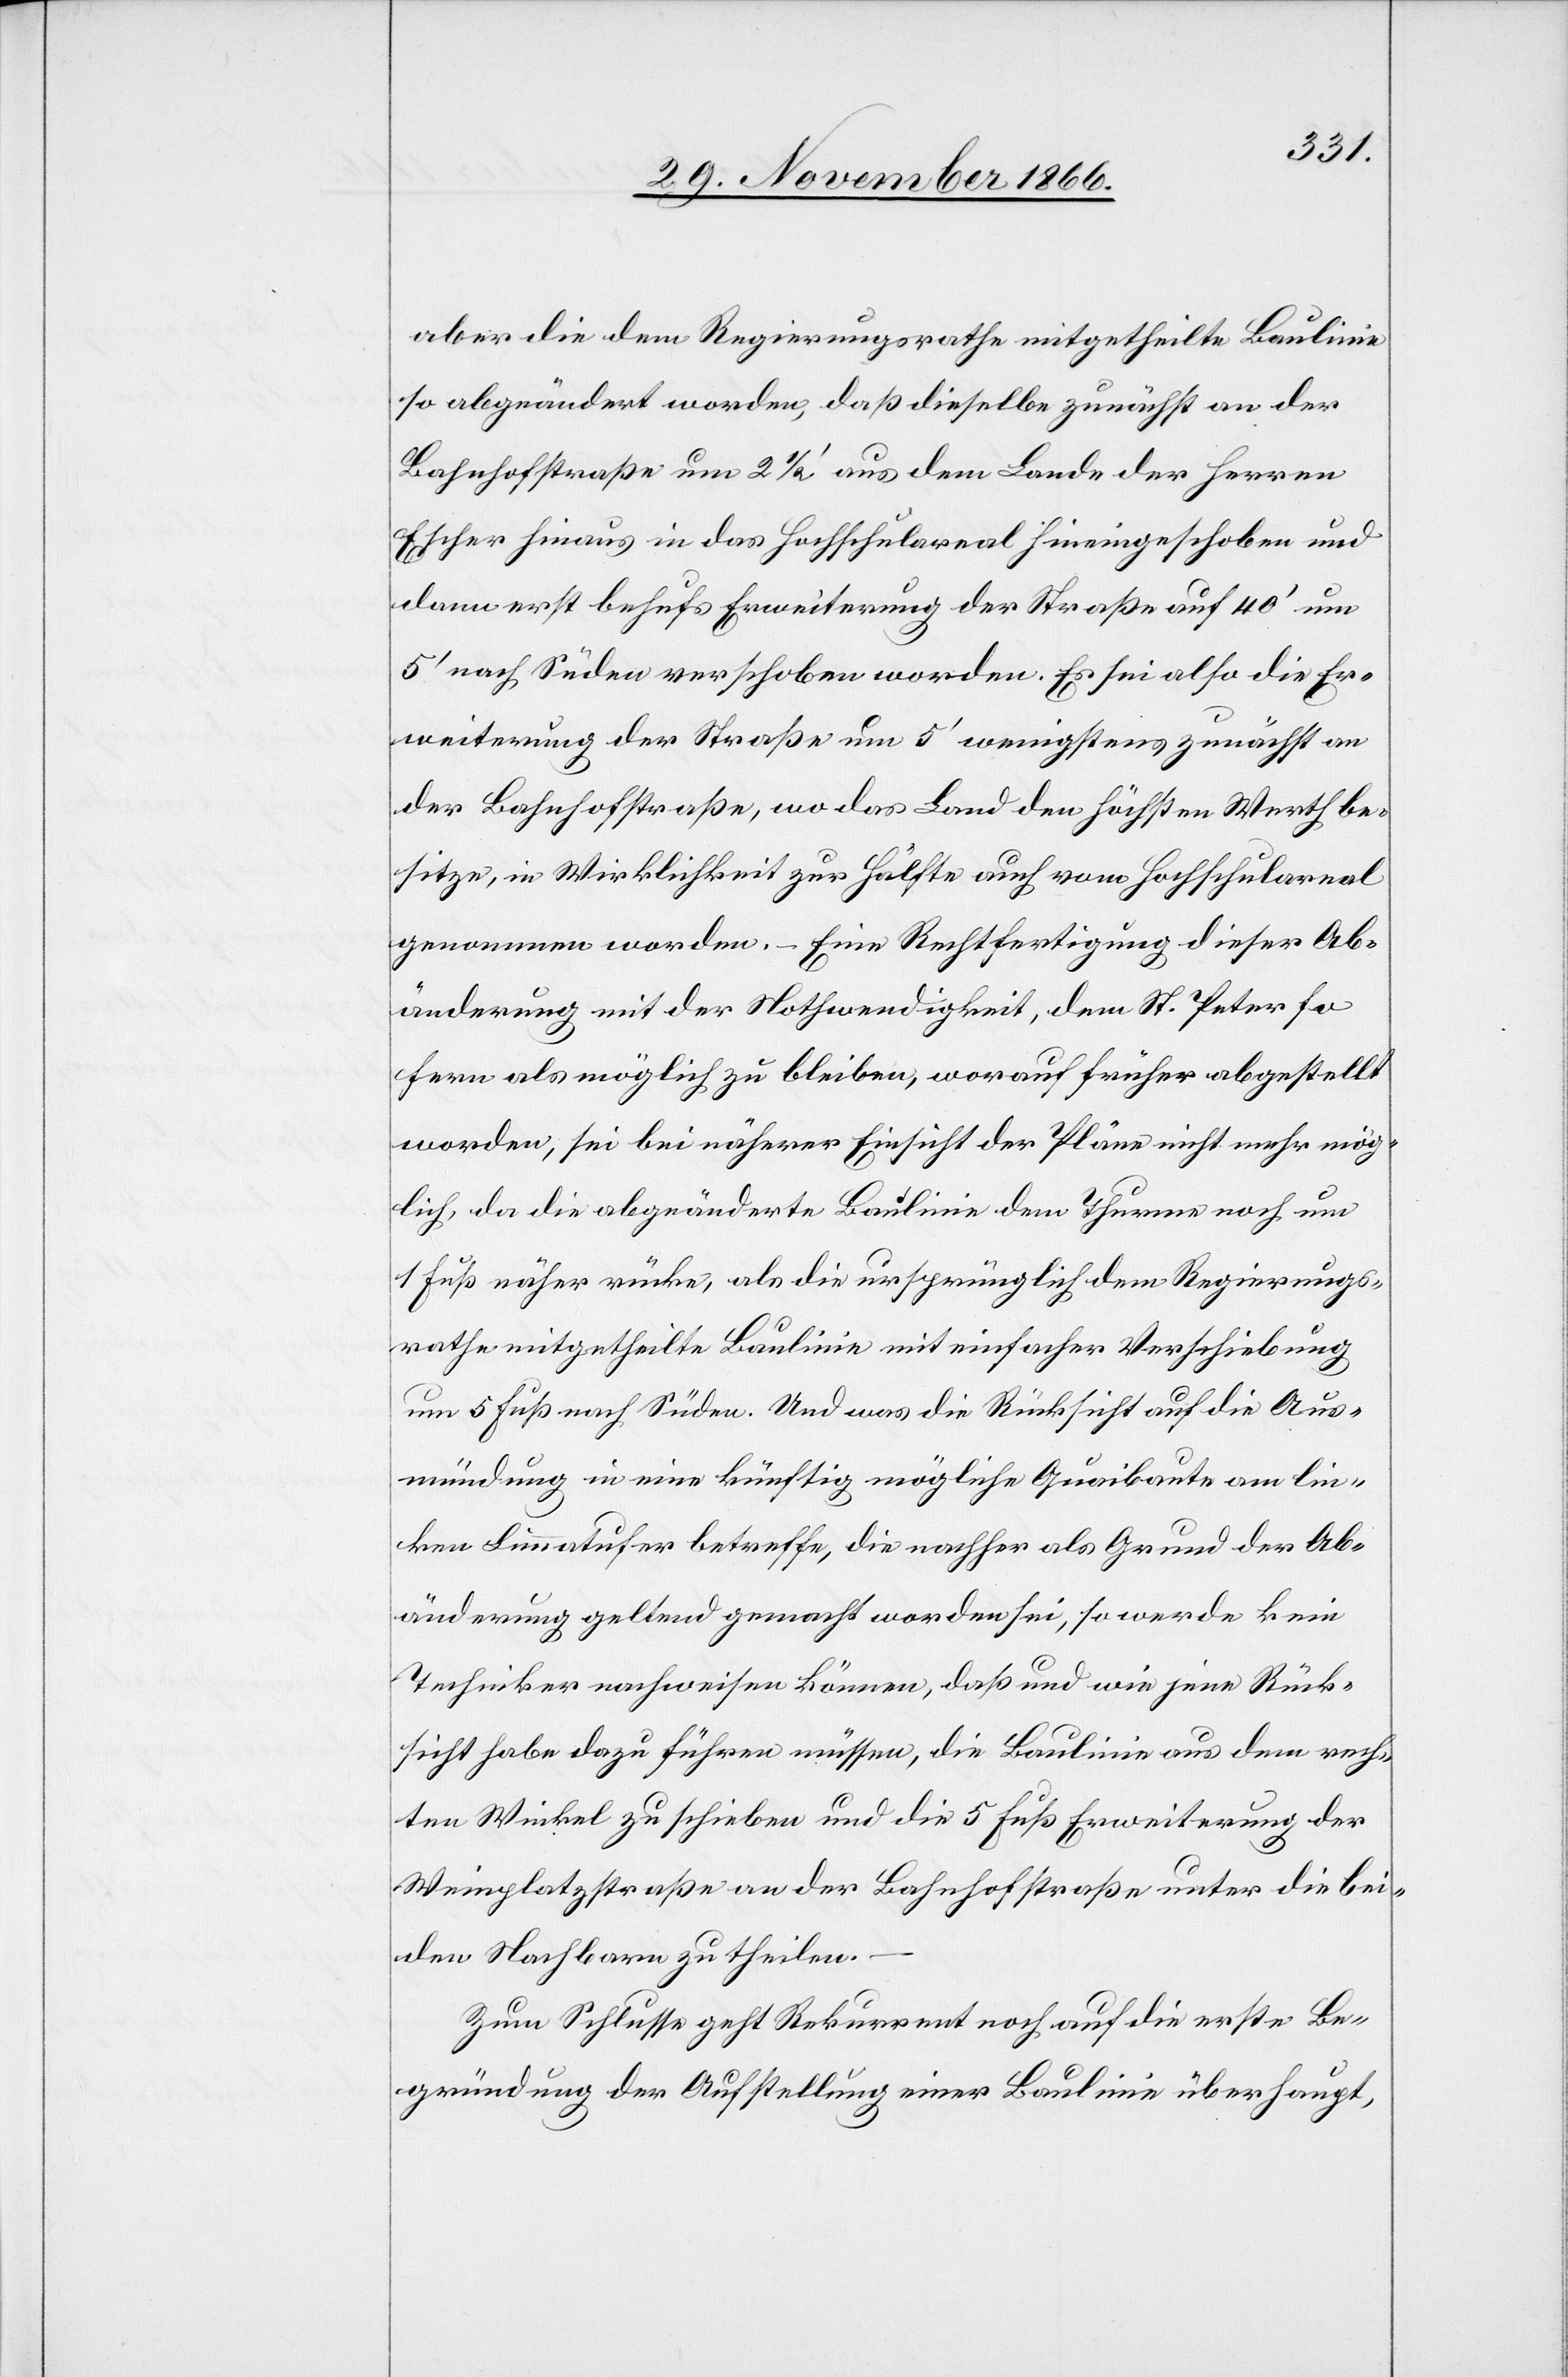
aber die dem Regierungsrathe mitgetheilte Baulinie
so abgeändert worden, daß dieselbe zunächst an der
Bahnhofstraße um 2 1/2‘ aus dem Lande der Herren
Escher hinaus in das Hochschulareal hineingeschoben und
dann erst behufs Erweiterung der Straße auf 40‘ um
5‘ nach Süden verschoben worden. Es sei also die Er¬
weiterung der Straße um 5‘ wenigstens zunächst an
der Bahnhofstraße, wo das Land den höchsten Werth be¬
sitze, in Wirklichkeit zur Hälfte auch vom Hochschulareal
genommen worden. – Eine Rechtfertigung dieser Ab¬
änderung mit der Nothwendigkeit, dem St. Peter so
fern als möglich zu bleiben, worauf früher abgestellt
worden, sei bei näherer Einsicht der Pläne nicht mehr mög¬
lich, da die abgeänderte Baulinie dem Thurme noch um
1 Fuß näher rücke, als die ursprünglich dem Regierungs¬
rathe mitgetheilte Baulinie mit einfacher Verschiebung
um 5 Fuß nach Süden. Und was die Rücksicht auf die Aus¬
mündung in eine künftig mögliche Quaibaute am lin¬
ken Limmatufer betreffe, die nachher als Grund der Ab¬
änderung geltend gemacht worden sei, so werde kein
Techniker nachweisen können, daß und wie jene Rück¬
sicht habe dazu führen müssen, die Baulinie aus dem rech¬
ten Winkel zu schieben und die 5 Fuß Erweiterung der
Weinplatzstraße an der Bahnhofstraße unter die bei¬
den Nachbarn zu theilen.
Zum Schlusse geht Rekurrent noch auf die erste Be¬
gründung der Aufstellung einer Baulinie überhaupt,